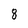
Character: 8